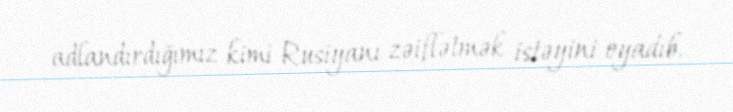
adlandırdığımız kimi Rusiyanı zəiflətmək istəyini oyadıb.